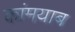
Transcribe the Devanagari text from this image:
कांमयाब